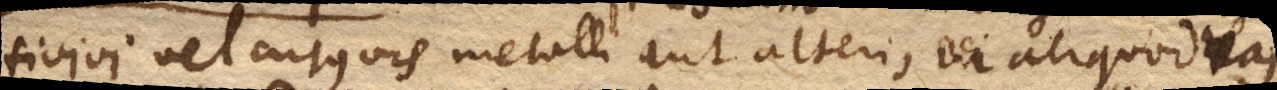
ti vivi vel cujusvis metalli aut alterius rei in aliquod vas